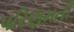
પરિણમતી